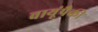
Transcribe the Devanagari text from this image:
वायूंपैकी